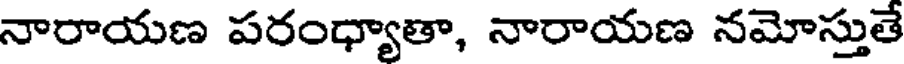
నారాయణ పరంధ్యాతా, నారాయణ నమోస్తుతే